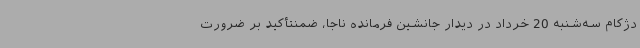
دژکام سه‌شنبه 20 خرداد در دیدار جانشین فرمانده ناجا، ضمنتأکید بر ضرورت